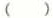
()